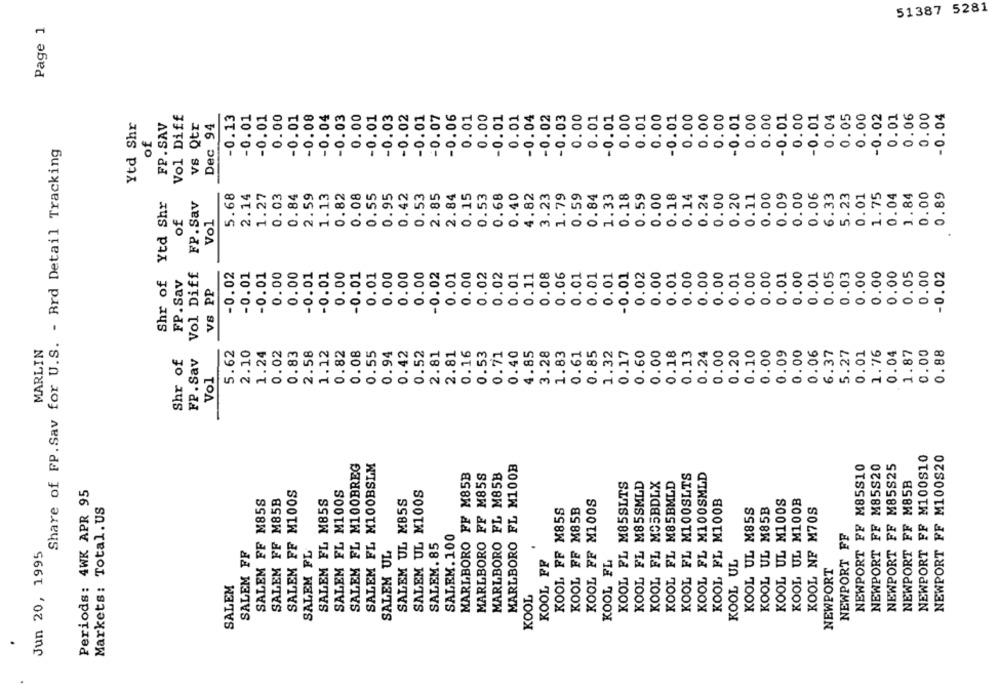
51387 5281
Page 1
Vol Diff
-0.13
-0.01
-0.01
0.00
-0.01
-0.08
-0.04
-0.03
0.00
-0.01
-0.03
-0.02
-0.01
-0.07
-0.06
0.01
0.00
-0.01
0.01
-0.04
-0.02
-0.03
0.00
0.01
-0.01
0.00
0.01
0.00
-0.01
0.00
0.00
0.00
-0.01
0.00
0.00
-0.01
0.00
-0.01
0.04
0.05
0.00
-0.02
0.01
0.06
0.00
-0.04
Ytd Shr
FP . SAV
vs Qtr
Dec 94
of
Share of FP. Sav for U.S. - Brd Detail Tracking
5.68
1.27
2.59
1.13
0.82
0.08
0.55
0.42
2.85
0.15
0.53
4.82
1.79
0.00
0.20
0.11
0.00
0.09
0.06
1.75
1.84
0.00
0.89
Shr of Ytd Shr
FP . Sav
2.14
0.03
0.84
0.95
0.53
0.68
0.40
3.23
0.59
0.84
1.33
0.18
0.59
0.00
0.18
0.14
0.24
0.00
6.33
5.23
0.01
0.04
of
Vol
Vol Diff
-0.02
-0.01
-0.01
0.00
0.00
-0.01
-0.01
0.00
-0.01
0.01
0.00
0.00
0.00
-0.02
0.01
0.00
0.02
0.02
0.01
0.11
0.08
0.06
0.01
0.01
0.01
-0.01
0.02
0.00
0.01
0.00
0.00
0.00
0.01
0.00
0
0.01
0.01
0.05
0.03
0.00
0.00
0.00
0.05
0.00
-0.02
FP. Sav
VS PP
0
0
MARLIN
5.62
2.10
1.24
0.02
0.83
2.58
1.12
0.82
0.08
0.55
0.94
0.42
0.52
2.81
2.81
0.16
0.53
0.71
0.40
4.85
3.28
1.83
0.61
0.85
1.32
0.17
0.60
0.00
0.18
0.13
0.24
0.00
0.20
0.10
0.00
0.09
0.00
0.06
6.37
5.27
0.01
1.76
0.04
1.87
0.00
0.88
Shr of
FP . Sav
Vol
NEWPORT FF M100S10
NEWPORT FF M100S20
SALEM FL M100BREG
SALEM FL M100BSLM
MARLBORO FL M100B
NEWPORT FF M85S10
NEWPORT FF M85S25
NEWPORT FF M85S20
MARLBORO FF M85B
MARLBORO FF M85S
MARLBORO FL M85B
KOOL FL MLOOSLTS
KOOL FL M100SMLD
KOOL FL M85SLTS
KOOL FL M85SMLD
KOOL FL M$5BDLX
KOOL FL M85BMLD
NEWPORT FF M85B
Periods: 4WK APR 95
SALEM FF M100S
SALEM FL M100S
SALEM UL M100S
SALEM FF M85B
KOOL UL M100B
SALEM FF M85S
SALEM FL M85S
SALEM UL MB5S
KOOL FF M100S
KOOL FL M100B
KOOL UL M85B
KOOL UL M100S
Markets: Total.US
KOOL FF M85S
KOOL FF M85B
KOOL UL M85S
KOOL NF M70S
NEWPORT FF
SALEM. 100
SALEM. 85
Jun 20, 1995
SALEM FF
SALEM FL
SALEM UL
.
KOOL FF
KOOL FL
KOOL UL
NEWPORT
SALEM
KOOL
.